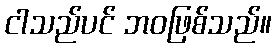
ငါသည်ပင် ဘဝဖြစ်သည်။